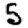
Digit: 5